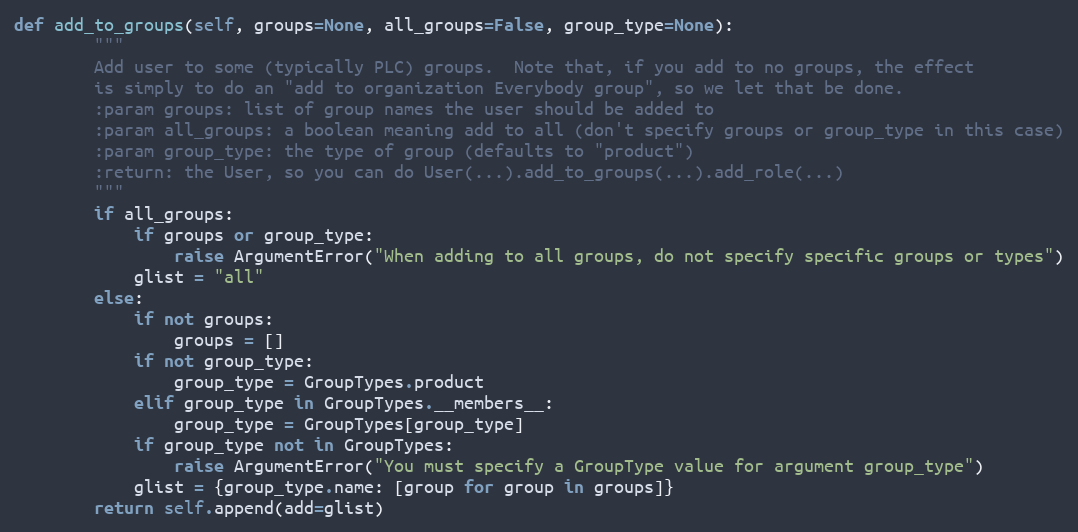
Language: Python
def add_to_groups(self, groups=None, all_groups=False, group_type=None):
        """
        Add user to some (typically PLC) groups.  Note that, if you add to no groups, the effect
        is simply to do an "add to organization Everybody group", so we let that be done.
        :param groups: list of group names the user should be added to
        :param all_groups: a boolean meaning add to all (don't specify groups or group_type in this case)
        :param group_type: the type of group (defaults to "product")
        :return: the User, so you can do User(...).add_to_groups(...).add_role(...)
        """
        if all_groups:
            if groups or group_type:
                raise ArgumentError("When adding to all groups, do not specify specific groups or types")
            glist = "all"
        else:
            if not groups:
                groups = []
            if not group_type:
                group_type = GroupTypes.product
            elif group_type in GroupTypes.__members__:
                group_type = GroupTypes[group_type]
            if group_type not in GroupTypes:
                raise ArgumentError("You must specify a GroupType value for argument group_type")
            glist = {group_type.name: [group for group in groups]}
        return self.append(add=glist)